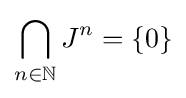
\bigcap _{n\in \mathbb {N} }J^{n}=\{0\}